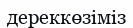
дереккөзіміз